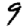
Digit: 9